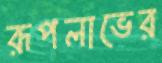
রূপলাভের